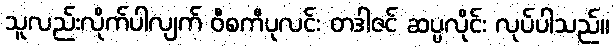
သူလည်းလိုက်ပါလျက် ဝီစကီပုလင်း တဒါဇင် ဆပ္ပလိုင်း လုပ်ပါသည်။